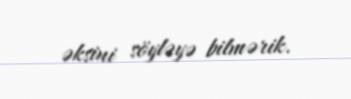
əksini söyləyə bilmərik.